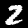
Digit: 2